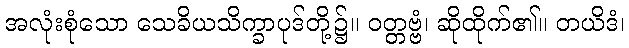
အလုံးစုံသော သေခိယသိက္ခာပုဒ်တို့၌။ ဝတ္တဗ္ဗံ၊ ဆိုထိုက်၏။ တယိဒံ၊